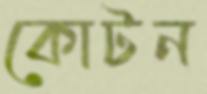
কোটন